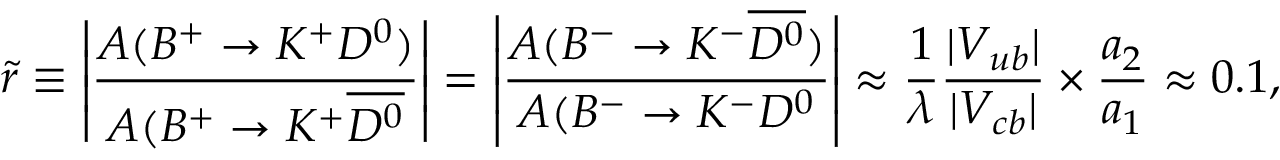
\tilde { r } \equiv \left| \frac { A ( B ^ { + } \to K ^ { + } D ^ { 0 } ) } { A ( B ^ { + } \to K ^ { + } \overline { { { D ^ { 0 } } } } } \right| = \left| \frac { A ( B ^ { - } \to K ^ { - } \overline { { { D ^ { 0 } } } } ) } { A ( B ^ { - } \to K ^ { - } D ^ { 0 } } \right| \approx \frac { 1 } { \lambda } \frac { | V _ { u b } | } { | V _ { c b } | } \times \frac { a _ { 2 } } { a _ { 1 } } \approx 0 . 1 ,